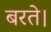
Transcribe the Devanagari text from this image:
बरते।